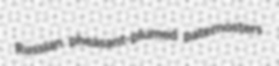
Russian pheasant-plumed paternosters